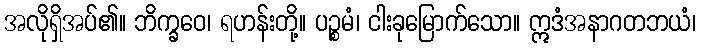
အလိုရှိအပ်၏။ ဘိက္ခဝေ၊ ရဟန်းတို့။ ပဉ္စမံ၊ ငါးခုမြောက်သော။ ဣဒံအနာဂတဘယံ၊